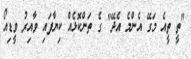
"ތީ ތީއެ މަގޭ އެންމެ އެދޭ" ގެ ތަންކޮޅެއް ކިޔާފައި ވާއިރު ވީޑިއޯ